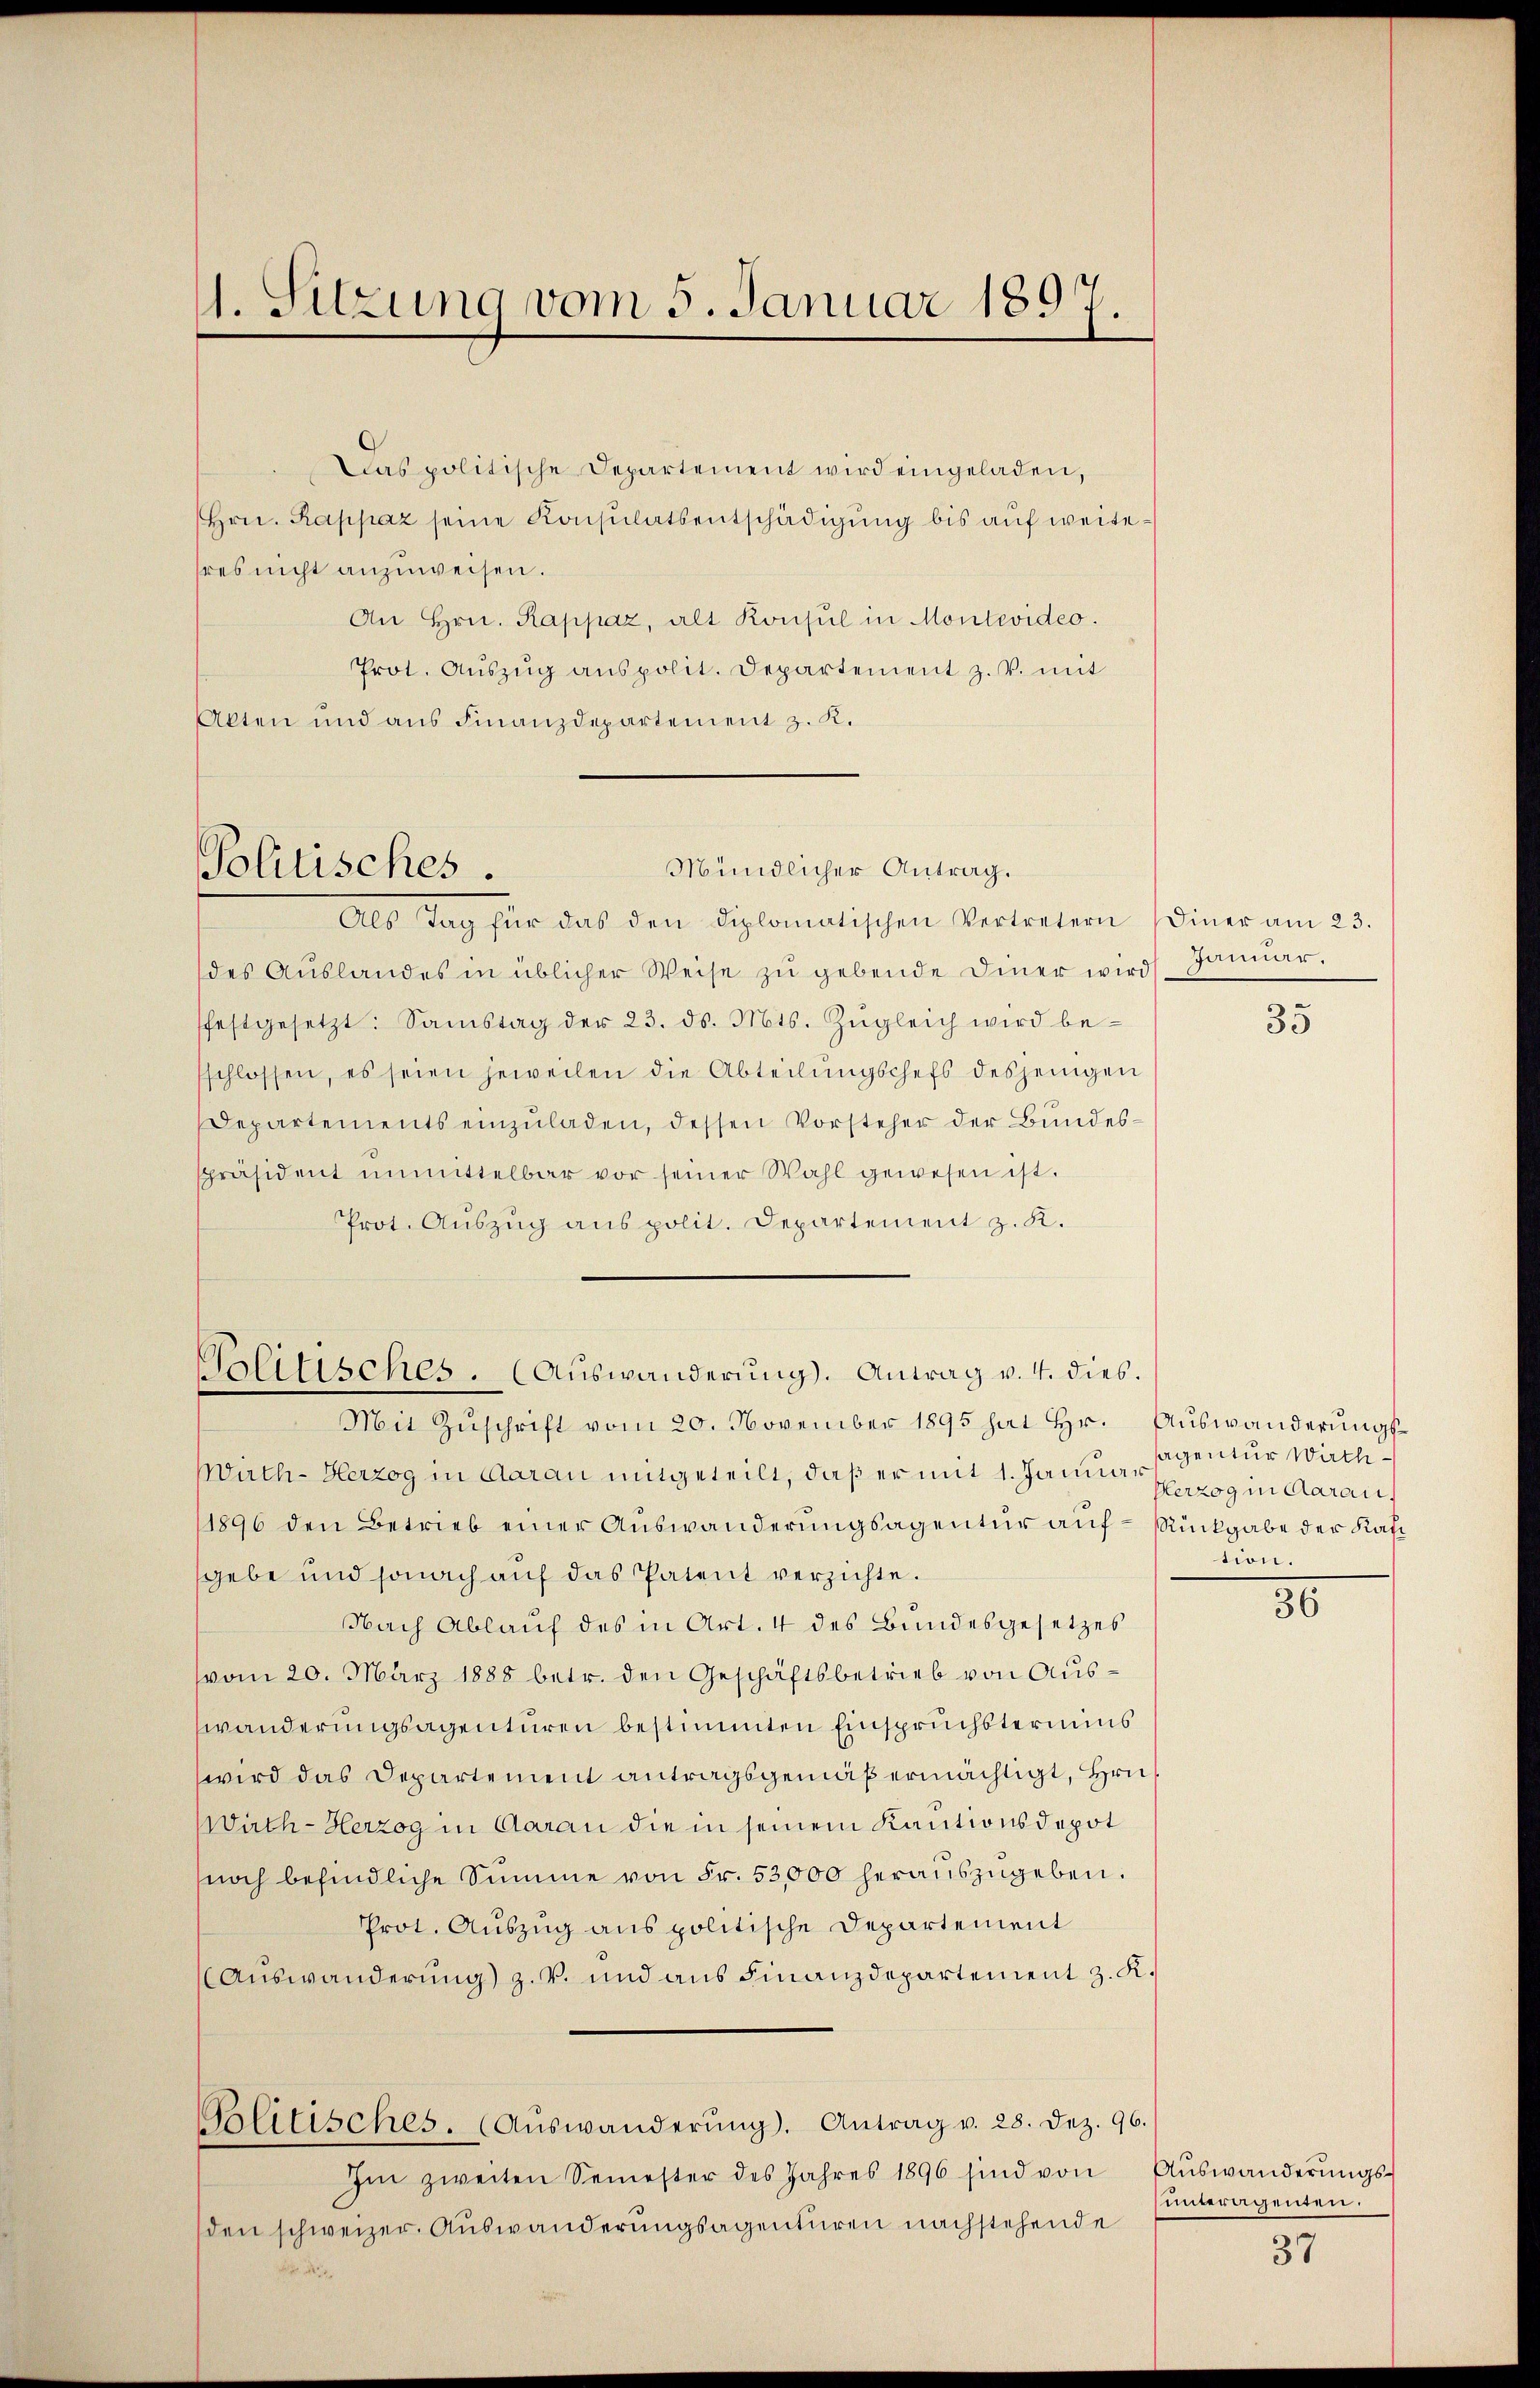
1. Sitzung vom 5. Januar 1897.

Das politische Departement wird eingeladen,
Hrn. Rappaz seine Konsulatsentschädigŭng bis aŭf weitehres nicht anzuweisen.
An Hrn. Rappaz, alt Konsul in Montevideo.
Prot. Aŭszŭg anspolit. Departement z. V. mit
Akten und ans Finanzdepartement z. K.

Politisches.

Mündlicher Antrag.
Als Tag für das den diplomatischen Vertretern (Diner am 23.
des Aŭslandes in üblicher Weise zŭ gebende Diner wird. Januar.
festgesetzt: Samstag der 23. ds. Mts. Zŭgleich wird be-
schlossen, es seien jeweilen die Abteilŭngschefs desjenigen
Departements einzuladen, dessen Vorsteher der Bundesspräsident unmittelbar vor seiner Wahl gewesen ist.
Prot. Auszug aus polit. Departement z. K.
Golitisches. (Auswanderŭng. Antrag v. 4. dies

Wuth - Herzog in Aarau mitgeteilt, daß er mit 1. Januar zog in darau
1896 den Betrieb einer Auswanderungsagentur auf Rückgabe der Kat
sgebe und sonach auf das Patent verzichte.
Nach Ablauf des in Art. 4 des Bundesgesetzes
vom 20. März 1888 betr. den Geschäftsbetrieb von Auswänderungsagenturen bestimmten Einspruchstermins
wird das Departement antragsgemäß ermächtigt, Hrn.
Wirth - Herzog in Aarau die in seinem Kautionsdepot
noch befindliche Summe von Fr. 53,000 heraŭszŭgeben.
Prot. Auszug aus politische Departement
(Auswanderung) z. v. und aus Finanzdepartement z. K.
Palitisches. (Auswanderŭng. Antrag v. 28. Dez. 96.
Im zweiten Semester des Jahres 1896 sind von Aŭswanderŭngs-
den schweizer. Auswanderungsagenturen nachstehende
a

Mit Zuschrift vom 20. November 1895 hat Hr. Auswanderungs¬

35

sagentur Wirthtion.

30

unteragenden.

37